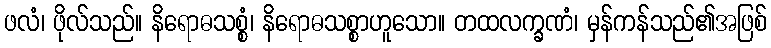
ဖလံ၊ ဖိုလ်သည်။ နိရောဓသစ္စံ၊ နိရောဓသစ္စာဟူသော။ တထလက္ခဏံ၊ မှန်ကန်သည်၏အဖြစ်